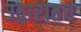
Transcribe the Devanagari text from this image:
उद्गारातच